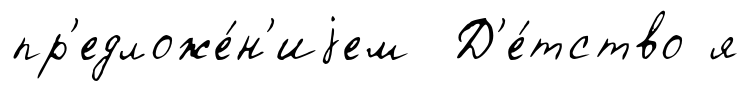
пр'едложе́н'иjем Д'е́тство я